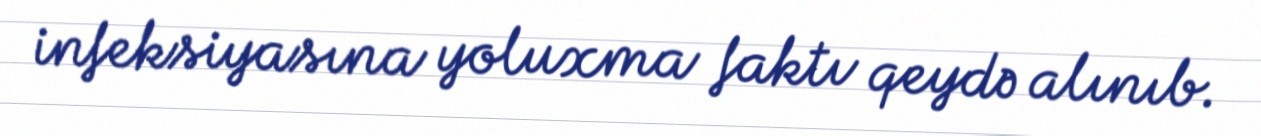
infeksiyasına yoluxma faktı qeydə alınıb.